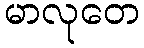
မာလုတေ